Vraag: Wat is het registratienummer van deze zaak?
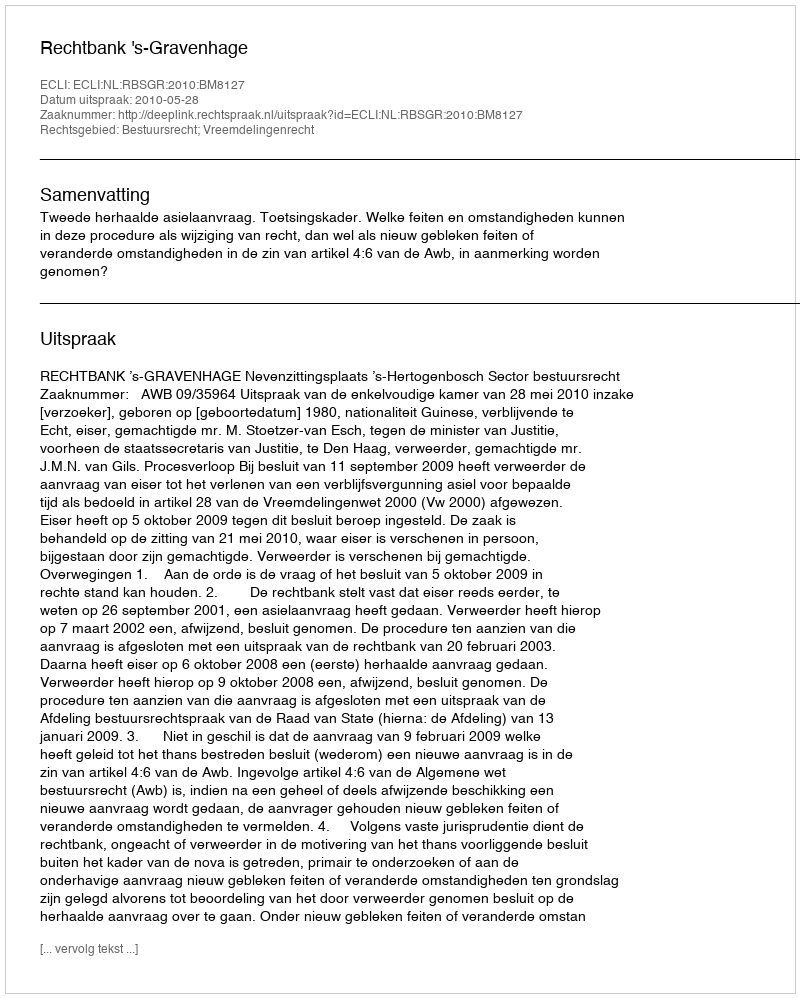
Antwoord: http://deeplink.rechtspraak.nl/uitspraak?id=ECLI:NL:RBSGR:2010:BM8127